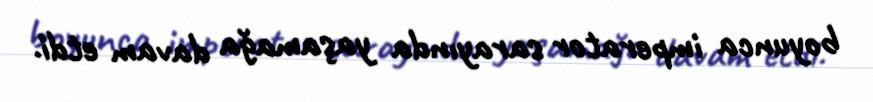
boyunca imperator sarayında yaşamağa davam etdi.